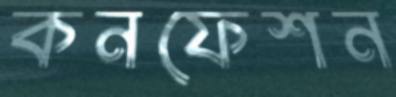
কনফেশন